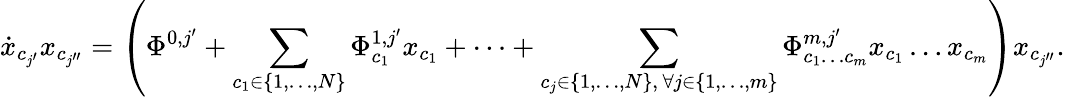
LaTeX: \dot{x}_{c_{j^{\prime}}}x_{c_{j^{\prime\prime}}}=\left(\Phi^{0,j^{\prime}}+\sum_{\substack{c_{1}\in\{ 1,\dots,N\} }}\Phi_{c_{1}}^{1,j^{\prime}}x_{c_{1}}+\dots+\sum_{\substack{c_{j}\in\{ 1,\dots,N\} ,\, \forall j\in\{ 1,\dots,m\} }}\Phi_{c_{1}\dots c_{m}}^{m,j^{\prime}}x_{c_{1}}\dots x_{c_{m}}\right)x_{c_{j^{\prime\prime}}}.